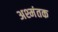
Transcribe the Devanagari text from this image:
अश्मंतक